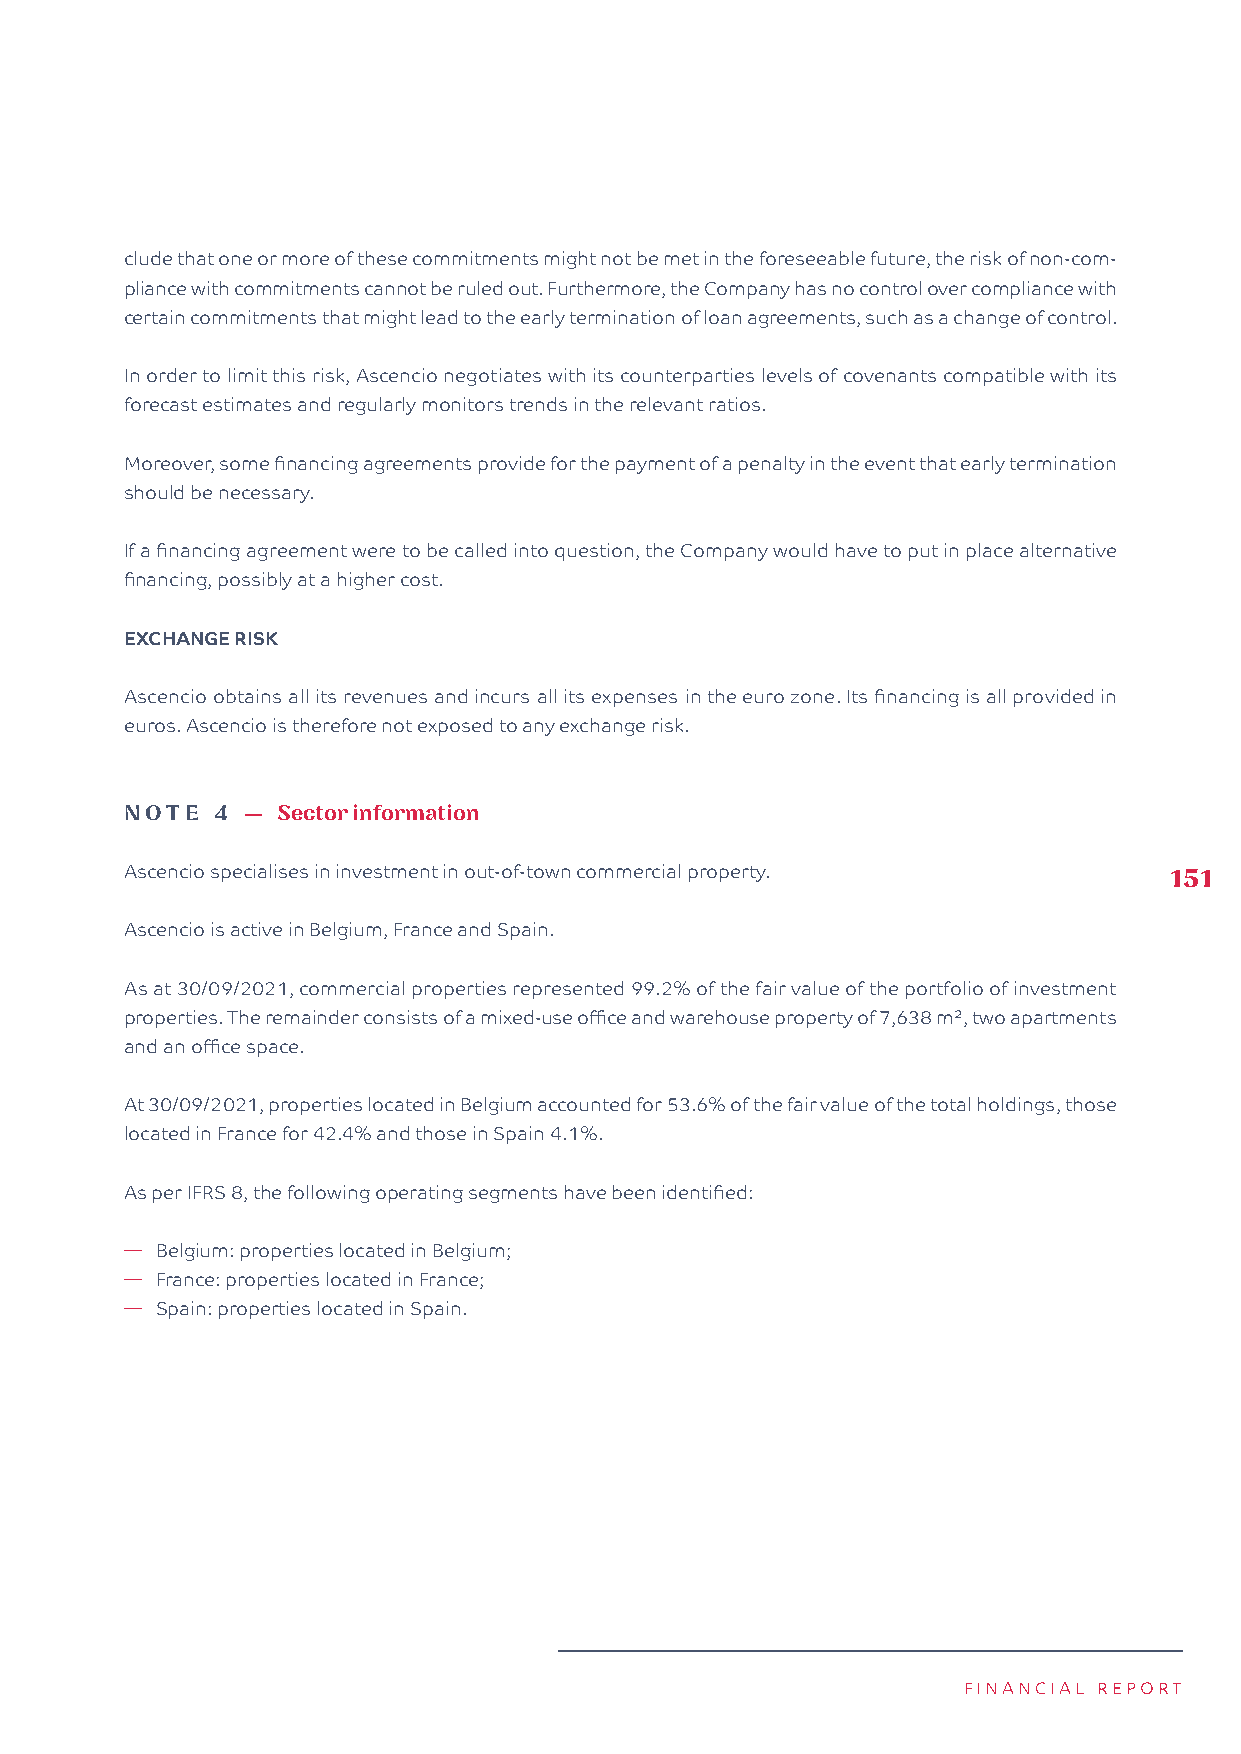
clude that one or more of these commitments might not be met in the foreseeable future, the risk of non-com-
 pliance with commitments cannot be ruled out. Furthermore, the Company has no control over compliance with
 certain commitments that might lead to the early termination of loan agreements, such as a change of control.
 In order to limit this risk, Ascencio negotiates with its counterparties levels of covenants compatible with its
 forecast estimates and regularly monitors trends in the relevant ratios.
 Moreover, some financing agreements provide for the payment of a penalty in the event that early termination
 should be necessary.
 If a financing agreement were to be called into question, the Company would have to put in place alternative
 financing, possibly at a higher cost.
 EXCHANGE RISK
 Ascencio obtains all its revenues and incurs all its expenses in the euro zone. Its financing is all provided in
 euros. Ascencio is therefore not exposed to any exchange risk.
 NOTE  4 — S ector information
 Ascencio specialises in investment in out-of-town commercial property. 151
 Ascencio is active in Belgium, France and Spain.
 As at 30/09/2021, commercial properties represented 99.2% of the fair value of the portfolio of investment
 properties. The remainder consists of a mixed-use office and warehouse property of 7,638 m², two apartments
 and an office space.
 At 30/09/2021, properties located in Belgium accounted for 53.6% of the fair value of the total holdings, those
 located in France for 42.4% and those in Spain 4.1%.
 As per IFRS 8, the following operating segments have been identified:
 � Belgium: properties located in Belgium;
 � France: properties located in France;
 � Spain: properties located in Spain.
 FINANCIAL REPORT